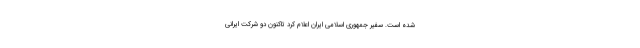
شده است. سفیر جمهوری اسلامی ایران اعلام کرد تاکنون دو شرکت ایرانی